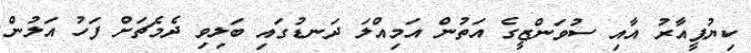
ކިޔުޕީއާރު އާއި ސުވަންޒީގެ އަތުން އަމިއްލަ ދަނޑުގައި ބަލިވި ދެމެޗަށް ފަހު އަލުން